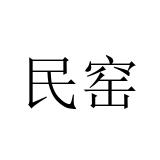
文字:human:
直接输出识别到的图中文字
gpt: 民窑